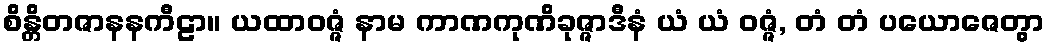
စိန္တိတဇာနနကီဠာ။ ယထာဝဇ္ဇံ နာမ ကာဏကုဏိခုဇ္ဇာဒီနံ ယံ ယံ ဝဇ္ဇံ, တံ တံ ပယောဇေတွာ